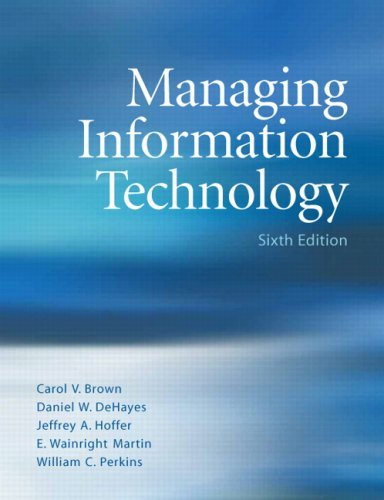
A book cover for Managing Information Technology: What Managers Need to Know: 6th (Sixfth) Edition; Daniel W. DeHayes, Jeffrey A. Hoffer, Wainright E. Martin, William C Perkins Carol V. Brown; Business & Money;